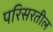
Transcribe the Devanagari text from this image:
परिसरतील